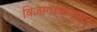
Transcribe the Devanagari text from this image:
बिजागऱ्यांपासून